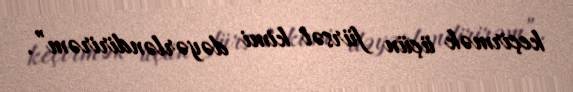
keçirmək üçün fürsət kimi dəyərləndirirəm”.